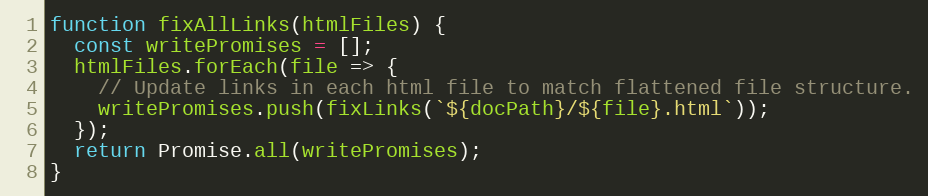
Language: JavaScript
function fixAllLinks(htmlFiles) {
  const writePromises = [];
  htmlFiles.forEach(file => {
    // Update links in each html file to match flattened file structure.
    writePromises.push(fixLinks(`${docPath}/${file}.html`));
  });
  return Promise.all(writePromises);
}